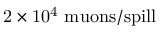
\mathrm { 2 \times 1 0 ^ { 4 } ~ m u o n s / s p i l l }